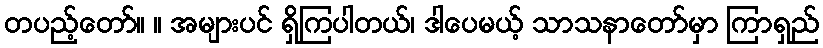
တပည့်တော်။ ။ အများပင် ရှိကြပါတယ်၊ ဒါပေမယ့် သာသနာတော်မှာ ကြာရှည်